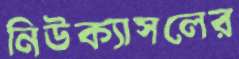
নিউক্যাসলের